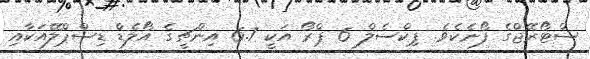
ސްޓޯރޭޖްގެ ފޯނެކެވެ. ޕިކްސެލް 6 ޕްރޯ އަކީ 6.7 އިންޗީގެ އޯލެޑް ޑިސްޕްލޭއަކާއި